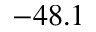
- 4 8 . 1